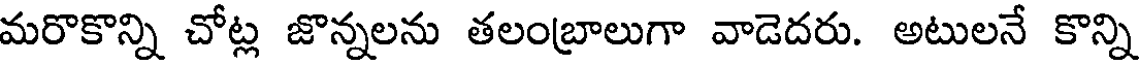
మరొకొన్ని చోట్ల జొన్నలను తలంబ్రాలుగా వాడెదరు. అటులనే కొన్ని